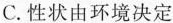
C. 性状由环境决定